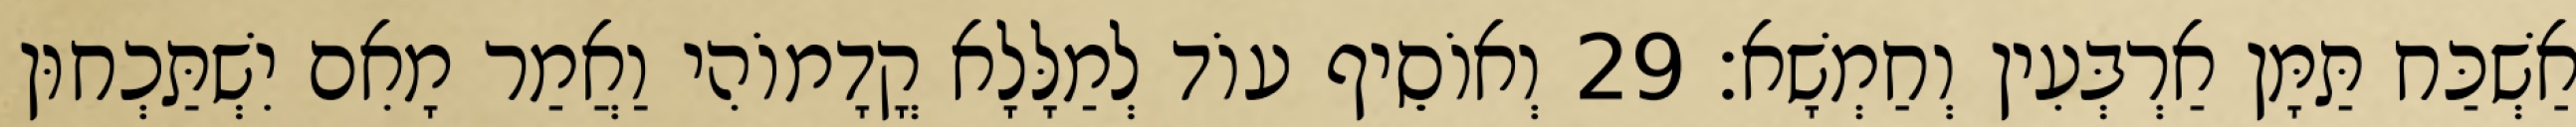
אַשְׁכַּח תַּמָּן אַרְבְּעִין וְחַמְשָׁא׃ 29 וְאוֹסֵיף עוֹד לְמַלָּלָא קֳדָמוֹהִי וַאֲמַר מָאִם יִשְׁתַּכְחוּן